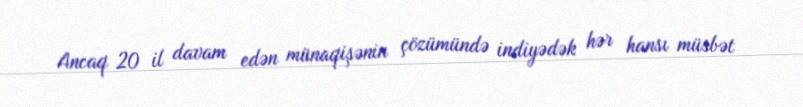
Ancaq 20 il davam edən münaqişənin çözümündə indiyədək hər hansı müsbət